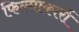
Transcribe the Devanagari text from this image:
फिल्माकारों